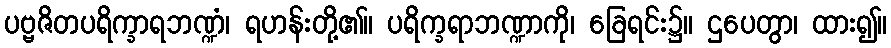
ပဗ္ဗဇိတပရိက္ခာရဘဏ္ဍံ၊ ရဟန်းတို့၏။ ပရိက္ခရာဘဏ္ဍာကို၊ ခြေရင်း၌။ ဌပေတွာ၊ ထား၍။